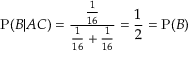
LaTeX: \mathrm { P } ( B | A C ) = { \frac { \frac { 1 } { 1 6 } } { { \frac { 1 } { 1 6 } } + { \frac { 1 } { 1 6 } } } } = { \frac { 1 } { 2 } } = \mathrm { P } ( B )